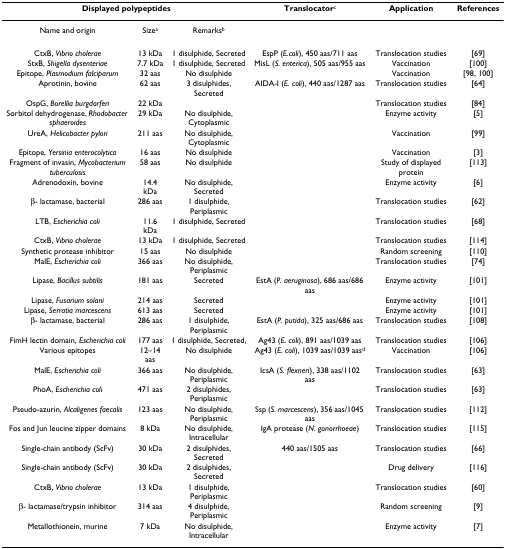
<table><thead><tr><td colspan="3"><b>Displayed polypeptides</b></td><td><b>Translocator<sup>c</sup></b></td><td><b>Application</b></td><td><b>References</b></td></tr></thead><tbody><tr><td>Name and origin</td><td>Size<sup>a</sup></td><td>Remarks<sup>b</sup></td><td></td><td></td><td></td></tr><tr><td>CtxB, <i>Vibrio cholerae</i></td><td>13 kDa</td><td>1 disulphide, Secreted</td><td>EspP (<i>E.coli</i>), 450 aas/711 aas</td><td>Translocation studies</td><td>[69]</td></tr><tr><td>StxB, <i>Shigella dysenteriae</i></td><td>7.7 kDa</td><td>1 disulphide, Secreted</td><td>MisL (<i>S. enterica</i>), 505 aas/955 aas</td><td>Vaccination</td><td>[100]</td></tr><tr><td>Epitope, <i>Plasmodium falciparum</i></td><td>32 aas</td><td>No disulphide</td><td></td><td>Vaccination</td><td>[98, 100]</td></tr><tr><td>Aprotinin, bovine</td><td>62 aas</td><td>3 disulphides, Secreted</td><td>AIDA-I (<i>E. coli</i>), 440 aas/1287 aas</td><td>Translocation studies</td><td>[64]</td></tr><tr><td>OspG, <i>Borellia burgdorferi</i></td><td>22 kDa</td><td></td><td></td><td>Translocation studies</td><td>[84]</td></tr><tr><td>Sorbitol dehydrogenase, <i>Rhodobacter sphaeroides</i></td><td>29 kDa</td><td>No disulphide, Cytoplasmic</td><td></td><td>Enzyme activity</td><td>[5]</td></tr><tr><td>UreA, <i>Helicobacter pylori</i></td><td>211 aas</td><td>No disulphide, Cytoplasmic</td><td></td><td>Vaccination</td><td>[99]</td></tr><tr><td>Epitope, <i>Yersinia enterocolytica</i></td><td>16 aas</td><td>No disulphide</td><td></td><td>Vaccination</td><td>[3]</td></tr><tr><td>Fragment of invasin, <i>Mycobacterium tuberculosis</i></td><td>58 aas</td><td>No disulphide</td><td></td><td>Study of displayed protein</td><td>[113]</td></tr><tr><td>Adrenodoxin, bovine</td><td>14.4 kDa</td><td>No disulphide, Secreted</td><td></td><td>Enzyme activity</td><td>[6]</td></tr><tr><td>β- lactamase, bacterial</td><td>286 aas</td><td>1 disulphide, Periplasmic</td><td></td><td>Translocation studies</td><td>[62]</td></tr><tr><td>LTB, <i>Escherichia coli</i></td><td>11.6 kDa</td><td>1 disulphide, Secreted</td><td></td><td>Translocation studies</td><td>[68]</td></tr><tr><td>CtxB, <i>Vibrio cholerae</i></td><td>13 kDa</td><td>1 disulphide, Secreted</td><td></td><td>Translocation studies</td><td>[114]</td></tr><tr><td>Synthetic protease inhibitor</td><td>15 aas</td><td>No disulphide</td><td></td><td>Random screening</td><td>[110]</td></tr><tr><td>MalE, <i>Escherichia coli</i></td><td>366 aas</td><td>No disulphide, Periplasmic</td><td></td><td>Translocation studies</td><td>[74]</td></tr><tr><td>Lipase, <i>Bacillus subtilis</i></td><td>181 aas</td><td>Secreted</td><td>EstA (<i>P. aeruginosa</i>), 686 aas/686 aas</td><td>Enzyme activity</td><td>[101]</td></tr><tr><td>Lipase, <i>Fusarium solani</i></td><td>214 aas</td><td>Secreted</td><td></td><td>Enzyme activity</td><td>[101]</td></tr><tr><td>Lipase, <i>Serratia marcescens</i></td><td>613 aas</td><td>Secreted</td><td></td><td>Enzyme activity</td><td>[101]</td></tr><tr><td>β- lactamase, bacterial</td><td>286 aas</td><td>1 disulphide, Periplasmic</td><td>EstA (<i>P. putida</i>), 325 aas/686 aas</td><td>Translocation studies</td><td>[108]</td></tr><tr><td>FimH lectin domain, <i>Escherichia coli</i></td><td>177 aas</td><td>1 disulphide, Secreted,</td><td>Ag43 (<i>E. coli</i>), 891 aas/1039 aas</td><td>Translocation studies</td><td>[106]</td></tr><tr><td>Various epitopes</td><td>12–14 aas</td><td>No disulphide</td><td>Ag43 (<i>E. coli</i>), 1039 aas/1039 aas<sup>d</sup></td><td>Vaccination</td><td>[106]</td></tr><tr><td>MalE, <i>Escherichia coli</i></td><td>366 aas</td><td>No disulphide, Periplasmic</td><td>IcsA (<i>S. flexneri</i>), 338 aas/1102 aas</td><td>Translocation studies</td><td>[63]</td></tr><tr><td>PhoA, <i>Escherichia coli</i></td><td>471 aas</td><td>2 disulphides, Periplasmic</td><td></td><td>Translocation studies</td><td>[63]</td></tr><tr><td>Pseudo-azurin, <i>Alcaligenes faecalis</i></td><td>123 aas</td><td>No disulphide, Periplasmic</td><td>Ssp (<i>S. marcescens</i>), 356 aas/1045 aas</td><td>Translocation studies</td><td>[112]</td></tr><tr><td>Fos and Jun leucine zipper domains</td><td>8 kDa</td><td>No disulphide, Intracellular</td><td>IgA protease (<i>N. gonorrhoeae</i>)</td><td>Translocation studies</td><td>[115]</td></tr><tr><td>Single-chain antibody (ScFv)</td><td>30 kDa</td><td>2 disulphides, Secreted</td><td>440 aas/1505 aas</td><td>Translocation studies</td><td>[66]</td></tr><tr><td>Single-chain antibody (ScFv)</td><td>30 kDa</td><td>2 disulphides, Secreted</td><td></td><td>Drug delivery</td><td>[116]</td></tr><tr><td>CtxB, <i>Vibrio cholerae</i></td><td>13 kDa</td><td>1 disulphide, Periplasmic</td><td></td><td>Translocation studies</td><td>[60]</td></tr><tr><td>β- lactamase/trypsin inhibitor</td><td>314 aas</td><td>4 disulphide, Periplasmic</td><td></td><td>Random screening</td><td>[9]</td></tr><tr><td>Metallothionein, murine</td><td>7 kDa</td><td>No disulphide, Intracellular</td><td></td><td>Enzyme activity</td><td>[7]</td></tr></tbody></table>